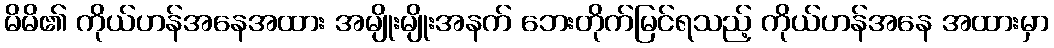
မိမိ၏ ကိုယ်ဟန်အနေအထား အမျိုးမျိုးအနက် ဘေးတိုက်မြင်ရသည့် ကိုယ်ဟန်အနေ အထားမှာ